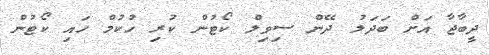
ދީބާޖާ އަށް ބަދަލު ދޭން ސިވިލް ކޯޓުން ކުރި ހުކުމް ހައި ކޯޓުން